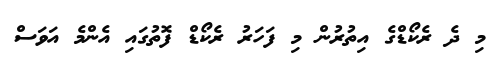
މި ދެ ރެކޯޑްގެ އިތުރުން މި ފަހަރު ރެކޯޑް ފޮތުގައި އެންމެ އަވަސް